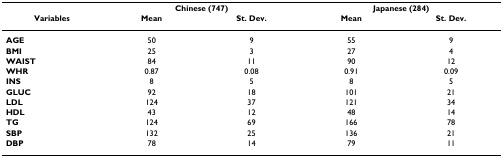
<table><thead><tr><td></td><td colspan="2"><b>Chinese (747)</b></td><td colspan="2"><b>Japanese (284)</b></td></tr><tr><td><b>Variables</b></td><td><b>Mean</b></td><td><b>St. Dev.</b></td><td><b>Mean</b></td><td><b>St. Dev.</b></td></tr></thead><tbody><tr><td><b>AGE</b></td><td>50</td><td>9</td><td>55</td><td>9</td></tr><tr><td><b>BMI</b></td><td>25</td><td>3</td><td>27</td><td>4</td></tr><tr><td><b>WAIST</b></td><td>84</td><td>11</td><td>90</td><td>12</td></tr><tr><td><b>WHR</b></td><td>0.87</td><td>0.08</td><td>0.91</td><td>0.09</td></tr><tr><td><b>INS</b></td><td>8</td><td>5</td><td>8</td><td>5</td></tr><tr><td><b>GLUC</b></td><td>92</td><td>18</td><td>101</td><td>21</td></tr><tr><td><b>LDL</b></td><td>124</td><td>37</td><td>121</td><td>34</td></tr><tr><td><b>HDL</b></td><td>43</td><td>12</td><td>48</td><td>14</td></tr><tr><td><b>TG</b></td><td>124</td><td>69</td><td>166</td><td>78</td></tr><tr><td><b>SBP</b></td><td>132</td><td>25</td><td>136</td><td>21</td></tr><tr><td><b>DBP</b></td><td>78</td><td>14</td><td>79</td><td>11</td></tr></tbody></table>